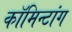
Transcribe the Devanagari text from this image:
कॉमिन्टांग